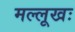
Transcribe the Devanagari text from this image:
मल्लूखः